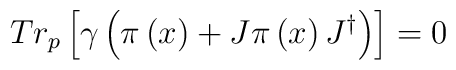
Tr_p\left[ \gamma \left( \pi \left( x\right) +J\pi \left( x\right)J^{\dagger }\right) \right] =0